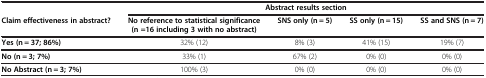
<table><thead><tr><td><b> </b></td><td colspan="4"><b>Abstract results section</b></td></tr><tr><td><b>Claim effectiveness in abstract?</b></td><td><b>No reference to statistical significance (n =16 including 3 with no abstract)</b></td><td><b>SNS only (n = 5)</b></td><td><b>SS only (n = 15)</b></td><td><b>SS and SNS (n = 7)</b></td></tr></thead><tbody><tr><td><b>Yes (n = 37; 86%)</b></td><td>32% (12)</td><td>8% (3)</td><td>41% (15)</td><td>19% (7)</td></tr><tr><td><b>No (n = 3; 7%)</b></td><td>33% (1)</td><td>67% (2)</td><td>0% (0)</td><td>0% (0)</td></tr><tr><td><b>No Abstract (n = 3; 7%)</b></td><td>100% (3)</td><td>0% (0)</td><td>0% (0)</td><td>0% (0)</td></tr></tbody></table>